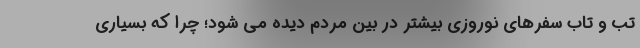
تب و تاب سفرهای نوروزی بیشتر در بین مردم دیده می شود؛ چرا که بسیاری